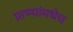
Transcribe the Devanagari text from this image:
प्राण्यांमधेच